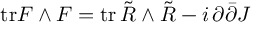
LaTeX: \mathrm { t r } F \wedge F = \mathrm { t r } \, \tilde { R } \wedge \tilde { R } - i \, \partial \bar { \partial } J \,